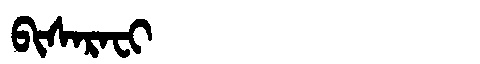
Manchu: ᠪᡳᠰᠠᡵᠠᠸᡳ
Romanization: BISARAFI